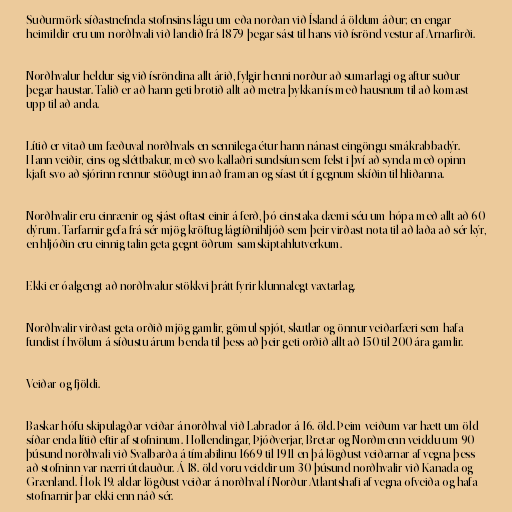
Suðurmörk síðastnefnda stofnsins lágu um eða norðan við Ísland á öldum áður; en engar
heimildir eru um norðhvali við landið frá 1879 þegar sást til hans við ísrönd vestur af Arnarfirði.

Norðhvalur heldur sig við ísröndina allt árið, fylgir henni norður að sumarlagi og aftur suður
þegar haustar. Talið er að hann geti brotið allt að metra þykkan ís með hausnum til að komast
upp til að anda.

Lítið er vitað um fæðuval norðhvals en sennilega étur hann nánast eingöngu smákrabbadýr.
Hann veiðir, eins og sléttbakur, með svo kallaðri sundsíun sem felst i því að synda með opinn
kjaft svo að sjórinn rennur stöðugt inn að framan og síast út í gegnum skíðin til hliðanna.

Norðhvalir eru einrænir og sjást oftast einir á ferð, þó einstaka dæmi séu um hópa með allt að 60
dýrum. Tarfarnir gefa frá sér mjög kröftug lágtíðnihljóð sem þeir virðast nota til að laða að sér kýr,
en hljóðin eru einnig talin geta gegnt öðrum samskiptahlutverkum.

Ekki er óalgengt að norðhvalur stökkvi þrátt fyrir klunnalegt vaxtarlag.

Norðhvalir virðast geta orðið mjög gamlir, gömul spjót, skutlar og önnur veiðarfæri sem hafa
fundist í hvölum á síðustu árum benda til þess að þeir geti orðið allt að 150 til 200 ára gamlir.

Veiðar og fjöldi.

Baskar hófu skipulagðar veiðar á norðhval við Labrador á 16. öld. Þeim veiðum var hætt um öld
síðar enda lítið eftir af stofninum. Hollendingar, Þjóðverjar, Bretar og Norðmenn veiddu um 90
þúsund norðhvali við Svalbarða á tímabilinu 1669 til 1911 en þá lögðust veiðarnar af vegna þess
að stofninn var nærri útdauður. Á 18. öld voru veiddir um 30 þúsund norðhvalir við Kanada og
Grænland. Í lok 19. aldar lögðust veiðar á norðhval í Norður-Atlantshafi af vegna ofveiða og hafa
stofnarnir þar ekki enn náð sér.